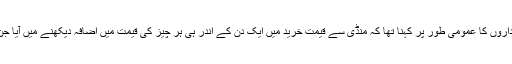
قیمتوں میں اچانک اضافے بارے سوال پر دکانداروں کا عمومی طور پر کہنا تھا کہ منڈی سے قیمت خرید میں ایک دن کے اندر ہی ہر چیز کی قیمت میں اضافہ دیکھنے میں آیا جن کی وجہ سے دکانوں پر بھی قیمتیں بڑھ گئیں۔